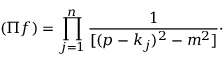
( \Pi f ) = \prod _ { j = 1 } ^ { n } \frac { 1 } { [ ( p - k _ { j } ) ^ { 2 } - m ^ { 2 } ] } \cdot